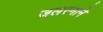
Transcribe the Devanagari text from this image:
जलस्नाने